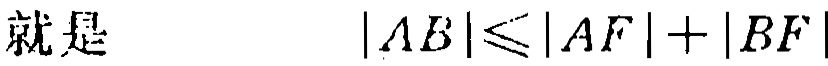
就是\(\vert AB\vert\leqslant\vert AF\vert+\vert BF\vert\)